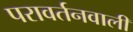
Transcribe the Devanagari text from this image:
परावर्तनवाली